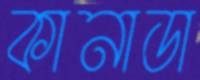
কানাডা